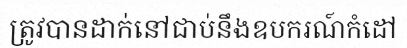
ត្រូវបានដាក់នៅជាប់នឹងឧបករណ៍កំដៅ